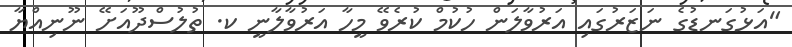
"އަޅުގަނޑުގެ ނަޒަރުގައި އަރުވާލަން ހުކުމް ކުރެވޭ މީހާ އަރުވާލާނީ ކ. ތުލުސްދޫއަށޭ ނޫނިއްޔާ